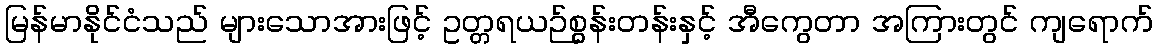
မြန်မာနိုင်ငံသည် များသောအားဖြင့် ဥတ္တရယဉ်စွန်းတန်းနှင့် အီကွေတာ အကြားတွင် ကျရောက်